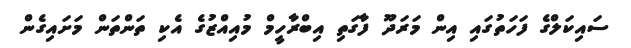
ސައިކަލްގެ ފަހަތުގައި އިން މަރަދޫ ފާގަތި އިބްރާހީމް މުއިއްޒުގެ އެކި ތަންތަން މަށައިގެން